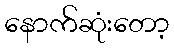
နောက်ဆုံးတော့